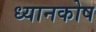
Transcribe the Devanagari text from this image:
ध्यानकोष